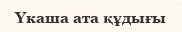
Үкаша ата құдығы